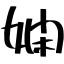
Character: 嫻